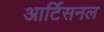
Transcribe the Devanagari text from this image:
आर्टिसनल